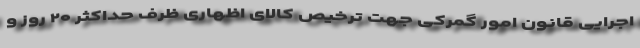
اجرایی قانون امور گمرکی جهت ترخیص کالای اظهاری ظرف حداکثر ۲۰ روز و